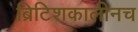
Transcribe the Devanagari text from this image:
ब्रिटिशकालीनच